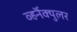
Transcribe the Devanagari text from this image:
व्हर्नॅक्युलर